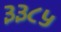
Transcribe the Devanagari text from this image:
३३८५